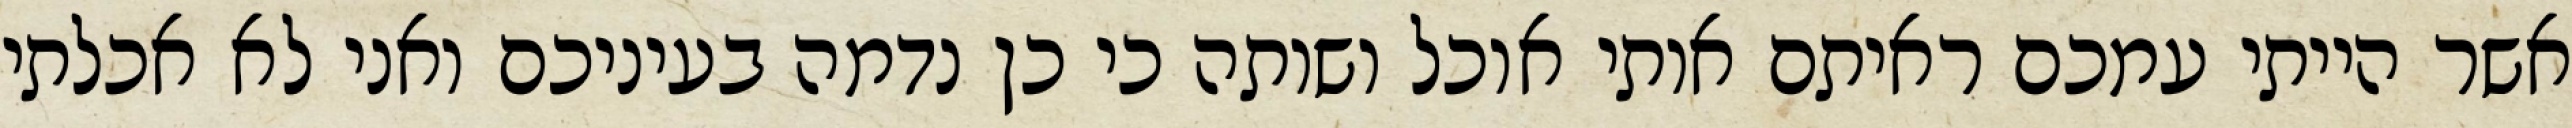
אשר הייתי עמכם ראיתם אותי אוכל ושותה כי כן נדמה בעיניכם ואני לא אכלתי